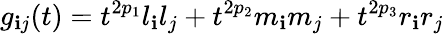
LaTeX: g_{\mathbf{i}j}(t)=t^{2p_{1}}l_{\mathbf{i}}l_{j}+t^{2p_{2}}m_{\mathbf{i}}m_{j}+t^{2p_{3}}r_{\mathbf{i}}r_{j}